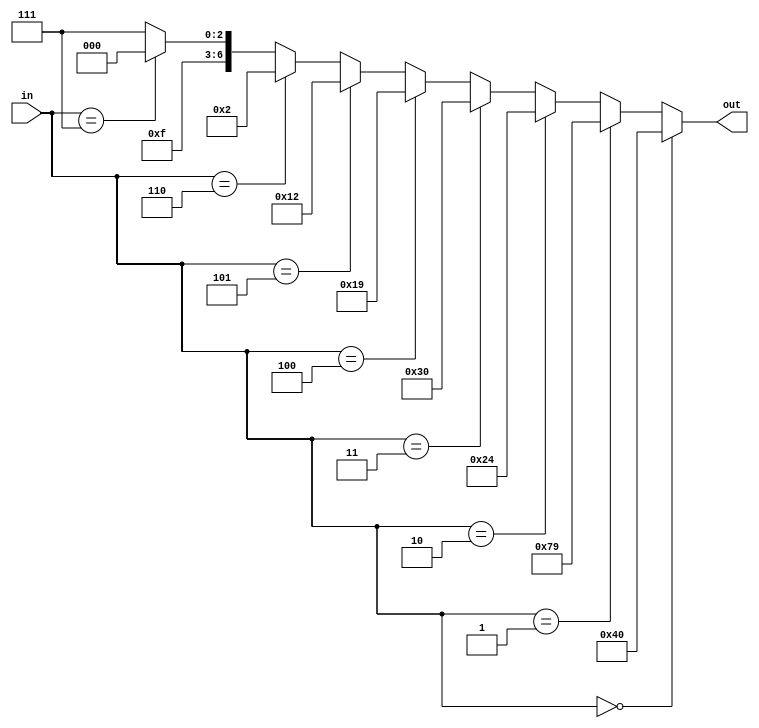
`timescale 1ns / 1ps
//////////////////////////////////////////////////////////////////////////////////
// Company: 
// Engineer: 
// 
// Design Name: 
// Module Name: 7seg_4b
// Project Name: 
// Target Devices: 
// Tool Versions: 
// Description: 
// 
// Dependencies: 
// 
// Revision:
// Revision 0.01 - File Created
// Additional Comments:
// 
//////////////////////////////////////////////////////////////////////////////////


module decoder_7seg_4b(
    input [3:0] in,
    output [6:0] out
    );
    assign out = 
        (in==4'b0000) ? 7'b1000000:
        (in==4'b0001) ? 7'b1111001:
        (in==4'b0010) ? 7'b0100100:
        (in==4'b0011) ? 7'b0110000:
        (in==4'b0100) ? 7'b0011001:
        (in==4'b0101) ? 7'b0010010:
        (in==4'b0110) ? 7'b0000010:
        (in==4'b0111) ? 7'b1111000:7'b1111111;
endmodule